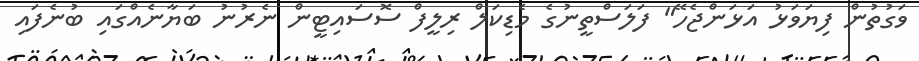
ވަގުތުން ފިޔަވަޅު އަޅަންޖެހޭ" ފަލަސްތީނުގެ މެޑިކަލް ރިލީފް ސޮސައިޓީން ނެރުނު ބަޔާނެއްގައި ބުނެފައި